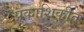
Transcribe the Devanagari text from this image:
प्रकाशिकीत